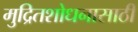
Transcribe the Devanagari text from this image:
मुद्रितशोधनासाठी